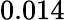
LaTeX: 0.014